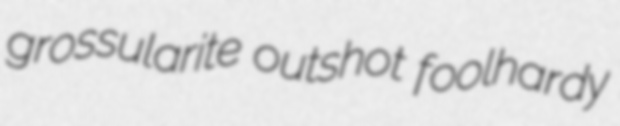
grossularite outshot foolhardy